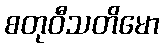
စတုဝီသတိမော